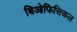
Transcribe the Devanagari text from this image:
बिओफिसिकल